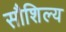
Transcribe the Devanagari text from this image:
सौशिल्य